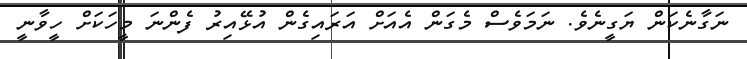
ނަގާނެކަން ޔަގީނެވެ. ނަމަވެސް މެގަން އެއަށް އަރައިގެން އުޅޭއިރު ފެންނަ މީހަކަށް ހީވާނީ